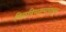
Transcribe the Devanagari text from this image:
मिळविणार्‍यांपासून